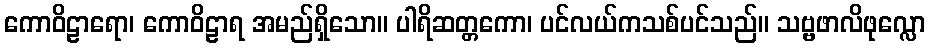
ကောဝိဠာရော၊ ကောဝိဠာရ အမည်ရှိသော။ ပါရိဆတ္တကော၊ ပင်လယ်ကသစ်ပင်သည်။ သဗ္ဗဖာလိဖုလ္လော